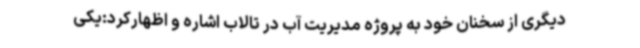
دیگری از سخنان خود به پروژه مدیریت آب در تالاب اشاره و اظهارکرد:یکی